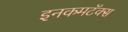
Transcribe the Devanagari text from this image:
इनकमटॅक्स